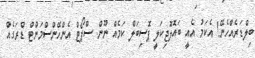
ބިލްޑަރެއްހެނޭ! އެކަމު އެއީ ބައޮލޮޖިކަލީ ޕޮސިބަލް ކަމެއް ނޫން. ސްޕޯޓް އެންހޭންސްމަންޓް ޑްރަގެއް